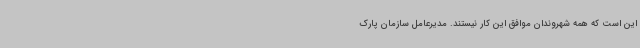
این است که همه شهروندان موافق این کار نیستند. مدیرعامل سازمان پارک